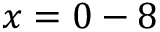
x = 0 - 8